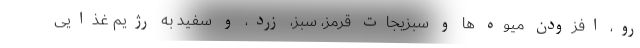
رو، افزودن میوه ها و سبزیجات قرمز، سبز، زرد، و سفید به رژیم غذایی